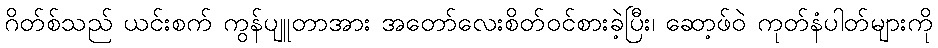
ဂိတ်စ်သည် ယင်းစက် ကွန်ပျူတာအား အတော်လေးစိတ်ဝင်စားခဲ့ပြီး၊ ဆော့ဖ်ဝဲ ကုတ်နံပါတ်များကို